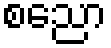
စညော